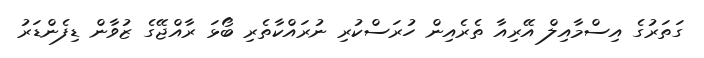
ގަތަރުގެ އިސްމާއިލް އޭރިއާ ތެރެއިން ހުރަސްކުރި ނުރައްކާތެރި ބޯޅަ ރާއްޖޭގެ ޒުވާން ޑިފެންޑަރު